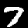
Digit: 7